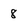
Character: 8